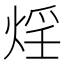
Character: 𭵂